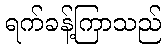
ရက်ခန့်ကြာသည်